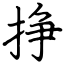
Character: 挣